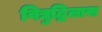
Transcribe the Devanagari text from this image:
विद्युद्विलास